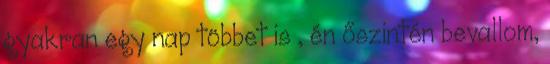
gyakran egy nap többet is , én őszintén bevallom,